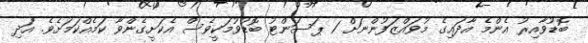
ބޮޑުވާއިރު އެންމެ އާދައިގެ މުވައްޒަފުންނަށް 1 ޕަސަންޓު ބޮޑުވުމަކީވެސް އެކަށީގެންވާ ކަމެއްކަމަށެވެ. އަދި